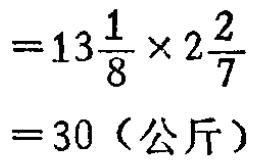
\(=13\frac{1}{8} \times 2\frac{2}{7}\)

\(=30（公斤）\)